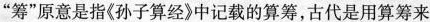
“筹”原意是指《孙子算经》中记载的算筹，古代是用算筹来